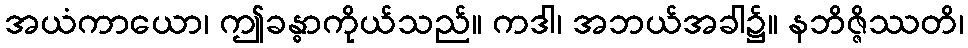
အယံကာယော၊ ဤခန္ဓာကိုယ်သည်။ ကဒါ၊ အဘယ်အခါ၌။ နဘိဇ္ဇိဿတိ၊